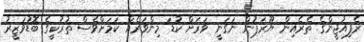
ރެފިއުޖީންގެ ތެރެއިން ޔޫރަޕުން ނަގަނީ ވަރަށް ކުޑަ މިންވަރެއް ކަމަށްވެސް ތުރުކީގެ ބޮޑުވަޒީރު